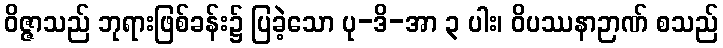
ဝိဇ္ဇာသည် ဘုရားဖြစ်ခန်း၌ ပြခဲ့သော ပု-ဒိ-အာ ၃ ပါး၊ ဝိပဿနာဉာဏ် စသည်